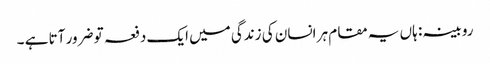
روبینہ : ہاں یہ مقام ہر انسان کی زندگی میں ایک دفعہ تو ضرور آتا ہے ۔